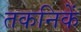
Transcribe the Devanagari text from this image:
तकनिकें